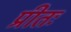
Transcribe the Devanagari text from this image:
प्रीतः